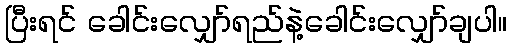
ပြီးရင် ခေါင်းလျှော်ရည်နဲ့ခေါင်းလျှော်ချပါ။